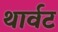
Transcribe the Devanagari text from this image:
थार्वट